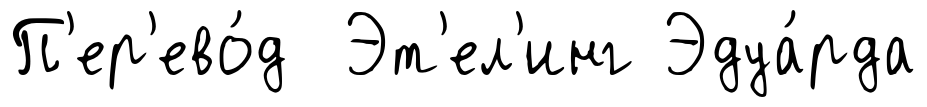
П'ер'ево́д Эт'ел'инг Эдуа́рда